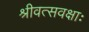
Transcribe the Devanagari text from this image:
श्रीवत्सवक्षाः